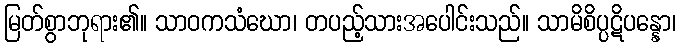
မြတ်စွာဘုရား၏။ သာဝကသံဃော၊ တပည့်သားအပေါင်းသည်။ သာမိစိပ္ပဋိပန္နော၊